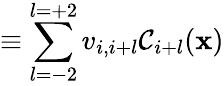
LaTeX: \equiv\sum_{l=-2}^{l=+2}v_{i,i+l}\mathcal{C}_{i+l}(\mathbf{x})